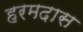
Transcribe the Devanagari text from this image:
हरमदास